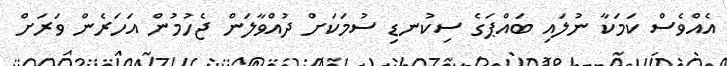
އެއްވެސް ކަމަކާ ނުލައި ބައްޕަގެ ސިކުނޑި ސުމަކަށް ދުއްވާލަން ޖެހުމުން އަހަރެން ވަރަށް